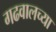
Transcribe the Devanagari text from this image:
गढवालच्या